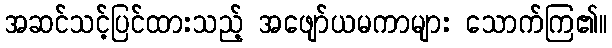
အဆင်သင့်ပြင်ထားသည့် အဖျော်ယမကာများ သောက်ကြ၏။